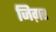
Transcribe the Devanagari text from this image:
जिग़र